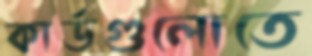
কার্ডগুলোতে